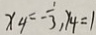
x _ { 4 } = - \frac { 1 } { 3 } , y _ { 4 } = 1